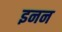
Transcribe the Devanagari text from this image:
इनन